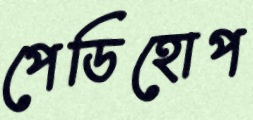
পেডিহোপ